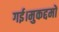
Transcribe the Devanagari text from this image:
गई।मुकद्दमों